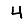
Digit: 4